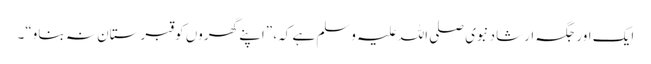
ایک اور جگہ ارشاد نبوی صلی اللہ علیہ وسلم ہے کہ، ”اپنے گھروں کو قبرستان نہ بناو“۔